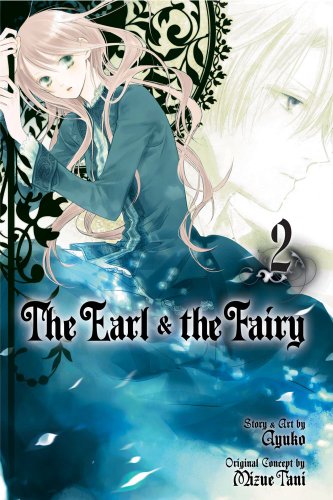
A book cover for The Earl & the Fairy, Vol. 2 (The Earl and The Fairy); Ayuko; Comics & Graphic Novels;